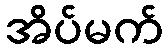
အိပ်မက်